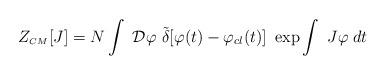
LaTeX: \begin{align*}Z_{\scriptscriptstyle CM}[J]=N\int~{\cal D}\varphi ~{\tilde{\delta}}[\varphi (t)-\varphi _{cl}(t)]~\exp\int ~J\varphi \;dt \end{align*}